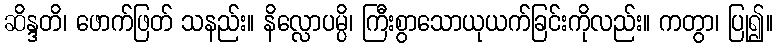
ဆိန္ဒတိ၊ ဖောက်ဖြတ် သနည်း။ နိလ္လောပမ္ပိ၊ ကြီးစွာသောယုယက်ခြင်းကိုလည်း။ ကတွာ၊ ပြု၍။